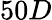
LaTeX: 50D